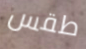
طقس